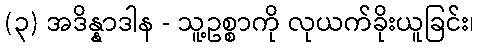
(၃) အဒိန္နာဒါန - သူ့ဥစ္စာကို လုယက်ခိုးယူခြင်း၊